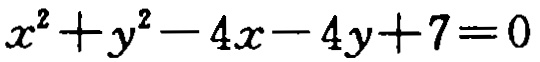
$x^{2}+y^{2}-4x - 4y + 7 = 0$